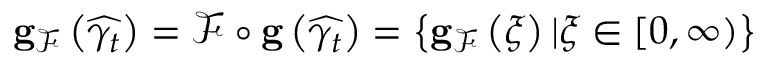
\begin{array} { r } { \mathbf { g } _ { \mathcal { F } } \left( \widehat { \gamma _ { t } } \right) = \mathcal { F } \circ \mathbf { g } \left( \widehat { \gamma _ { t } } \right) = \left\{ \mathbf { g } _ { \mathcal { F } } \left( \xi \right) \vert \xi \in \left[ 0 , \infty \right) \right\} } \end{array}